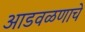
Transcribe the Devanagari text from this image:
आडवळणाचे